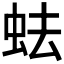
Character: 𧉧